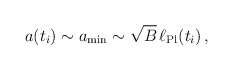
\begin{align*}a(t_i ) \sim a_{\rm min} \sim \sqrt{B} \, \ell_{\rm Pl}(t_i)\,,\end{align*}